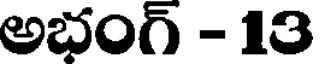
అభంగ్ - 13